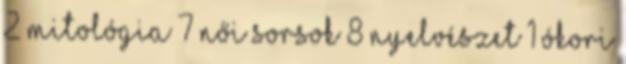
2 mitológia 7 női sorsok 8 nyelvészet 1 ókori